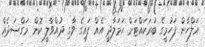
އަލްހާން ފަހުމީގެ ބުރަކައްޓަށް ހަމަލާދީ އެއް ފައިގެ ވާގި ދުއްވާލީ ކޮން މަގްސަދެއް